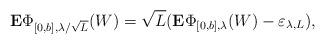
LaTeX: \begin{align*}\mathbf{E}\Phi_{[0,b],\lambda/\sqrt{L}}(W)=\sqrt{L}(\mathbf{E}\Phi_{[0,b],\lambda}(W)-\varepsilon_{\lambda,L}),\end{align*}